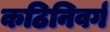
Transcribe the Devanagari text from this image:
कठिनिवर्ग